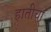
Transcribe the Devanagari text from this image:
हातीचा